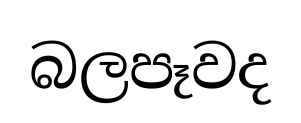
බලපෑවද